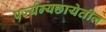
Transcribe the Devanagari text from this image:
पर्ज्यन्यछायेतील